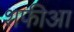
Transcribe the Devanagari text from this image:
शफीआ